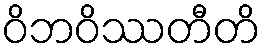
ဝိဘဝိဿတီတိ